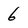
Character: 6